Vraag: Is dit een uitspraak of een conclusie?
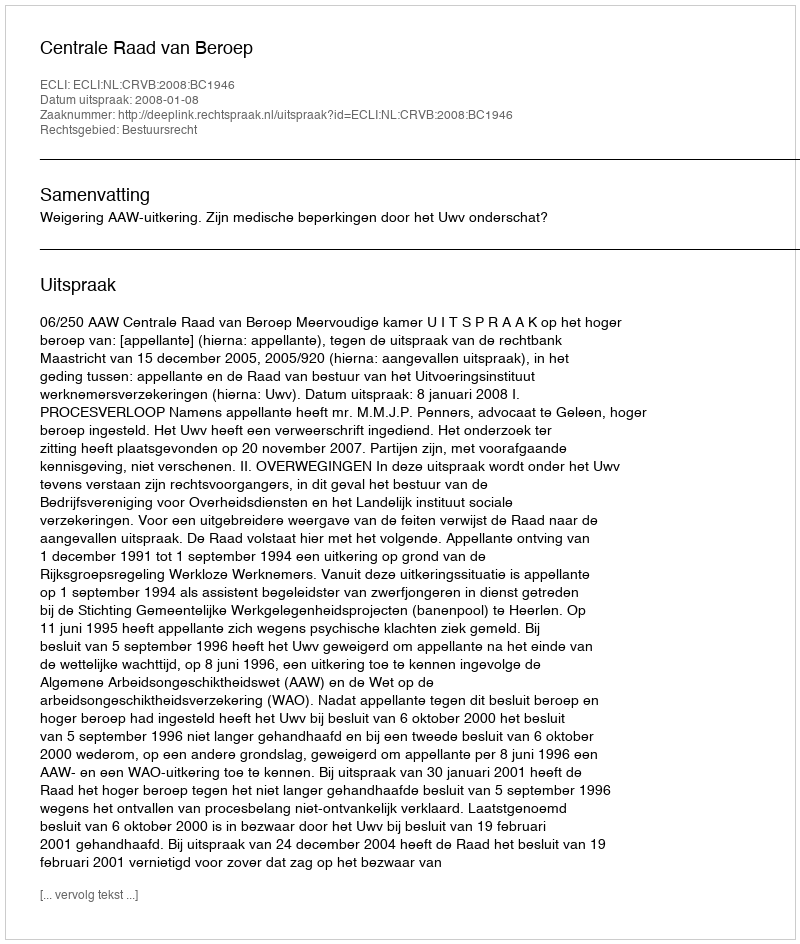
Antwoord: Uitspraak